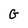
Character: G